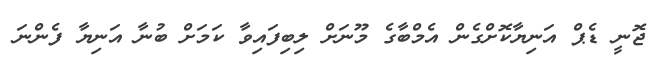
ޖޮނީ ޑެޕް އަނިޔާކޮށްގެން އެމްބާގެ މޫނަށް ލިބިފައިވާ ކަމަށް ބުނާ އަނިޔާ ފެންނަ